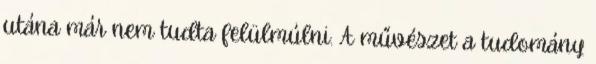
utána már nem tudta felülmúlni. A művészet a tudomány